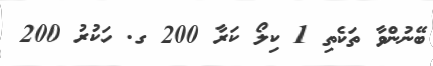
ބޭނުންވާ ތަކެތި 1 ކިލޯ ކަރާ 200 ގ. ހަކުރު 200